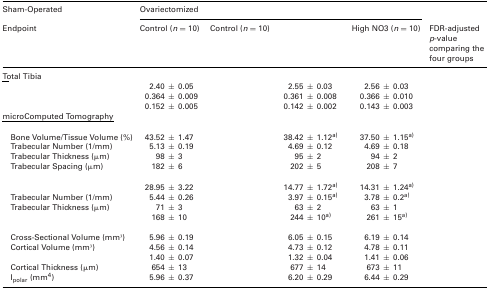
<table><thead><tr><td><b>Sham‐Operated</b></td><td colspan="4"><b>Ovariectomized</b></td><td>[EMPTY_CELL]</td></tr><tr><td><b>Endpoint</b></td><td><b>Control (<i>n</i> = 10)</b></td><td><b>Control (<i>n</i> = 10)</b></td><td>[EMPTY_CELL]</td><td><b>High NO3 (<i>n</i> = 10)</b></td><td><b>FDR‐adjusted <i>p</i>‐value comparing the four groups</b></td></tr></thead><tbody><tr><td colspan="6"><underline>Total Tibia</underline></td></tr><tr><td>[EMPTY_CELL]</td><td>2.40 ± 0.05</td><td>[EMPTY_CELL]</td><td>2.55 ± 0.03</td><td>2.56 ± 0.03</td><td>[EMPTY_CELL]</td></tr><tr><td>[EMPTY_CELL]</td><td>0.364 ± 0.009</td><td>[EMPTY_CELL]</td><td>0.361 ± 0.008</td><td>0.366 ± 0.010</td><td>[EMPTY_CELL]</td></tr><tr><td>[EMPTY_CELL]</td><td>0.152 ± 0.005</td><td>[EMPTY_CELL]</td><td>0.142 ± 0.002</td><td>0.143 ± 0.003</td><td>[EMPTY_CELL]</td></tr><tr><td colspan="6"><underline>microComputedTomography</underline></td></tr><tr><td colspan="6">[EMPTY_CELL]</td></tr><tr><td>Bone Volume/Tissue Volume (%)</td><td>43.52 ± 1.47</td><td>[EMPTY_CELL]</td><td>38.42 ± 1.12a</td><td>37.50 ± 1.15a</td><td>[EMPTY_CELL]</td></tr><tr><td>Trabecular Number (1/mm)</td><td>5.13 ± 0.19</td><td>[EMPTY_CELL]</td><td>4.69 ± 0.12</td><td>4.69 ± 0.18</td><td>[EMPTY_CELL]</td></tr><tr><td>Trabecular Thickness (μm)</td><td>98 ± 3</td><td>[EMPTY_CELL]</td><td>95 ± 2</td><td>94 ± 2</td><td>[EMPTY_CELL]</td></tr><tr><td>Trabecular Spacing (μm)</td><td>182 ± 6</td><td>[EMPTY_CELL]</td><td>202 ± 5</td><td>208 ± 7</td><td>[EMPTY_CELL]</td></tr><tr><td colspan="6">[EMPTY_CELL]</td></tr><tr><td>[EMPTY_CELL]</td><td>28.95 <i>±</i> 3.22</td><td>[EMPTY_CELL]</td><td>14.77 <i>±</i> 1.72a</td><td>14.31 <i>±</i> 1.24a</td><td>[EMPTY_CELL]</td></tr><tr><td>Trabecular Number (1/mm)</td><td>5.44 <i>±</i> 0.26</td><td>[EMPTY_CELL]</td><td>3.97 <i>±</i> 0.15a</td><td>3.78 <i>±</i> 0.2a</td><td>[EMPTY_CELL]</td></tr><tr><td>Trabecular Thickness (μm)</td><td>71 <i>±</i> 3</td><td>[EMPTY_CELL]</td><td>63 <i>±</i> 2</td><td>63 <i>±</i> 1</td><td>[EMPTY_CELL]</td></tr><tr><td>[EMPTY_CELL]</td><td>168 <i>±</i> 10</td><td>[EMPTY_CELL]</td><td>244 <i>±</i> 10a</td><td>261 <i>±</i> 15a</td><td>[EMPTY_CELL]</td></tr><tr><td colspan="6">[EMPTY_CELL]</td></tr><tr><td>Cross‐Sectional Volume (mm3)</td><td>5.96 <i>±</i> 0.19</td><td>[EMPTY_CELL]</td><td>6.05 <i>±</i> 0.15</td><td>6.19 <i>±</i> 0.14</td><td>[EMPTY_CELL]</td></tr><tr><td>Cortical Volume (mm3)</td><td>4.56 <i>±</i> 0.14</td><td>[EMPTY_CELL]</td><td>4.73 <i>±</i> 0.12</td><td>4.78 <i>±</i> 0.11</td><td>[EMPTY_CELL]</td></tr><tr><td>[EMPTY_CELL]</td><td>1.40 <i>±</i> 0.07</td><td>[EMPTY_CELL]</td><td>1.32 <i>±</i> 0.04</td><td>1.41 <i>±</i> 0.06</td><td>[EMPTY_CELL]</td></tr><tr><td>Cortical Thickness (μm)</td><td>654 <i>±</i> 13</td><td>[EMPTY_CELL]</td><td>677 <i>±</i> 14</td><td>673 <i>±</i> 11</td><td>[EMPTY_CELL]</td></tr><tr><td>I<sub>polar</sub> (mm4)</td><td>5.96 <i>±</i> 0.37</td><td>[EMPTY_CELL]</td><td>6.20 <i>±</i> 0.29</td><td>6.44 <i>±</i> 0.29</td><td>[EMPTY_CELL]</td></tr></tbody></table>